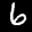
Label: 6